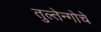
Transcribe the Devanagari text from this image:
तुल्तेन्गोचे